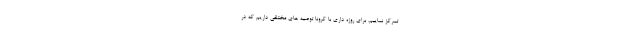
تمرکز نماییم. برای روزه داری با کرونا توصیه های مختلفی داریم که در